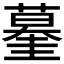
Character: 𰲀